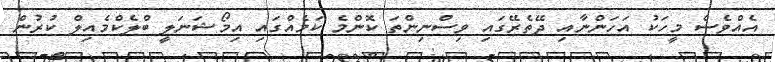
އެއްވެސް މީހަކު އަހަންނާއި ދޭތެރޭގައި ވިސްނިންތަ ކޮންމެ ކަމެއްގައި އިމޯޝަނަލީ ބްލެކްމެއިލް ކުރުން